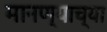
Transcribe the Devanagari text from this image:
मानण्याच्या